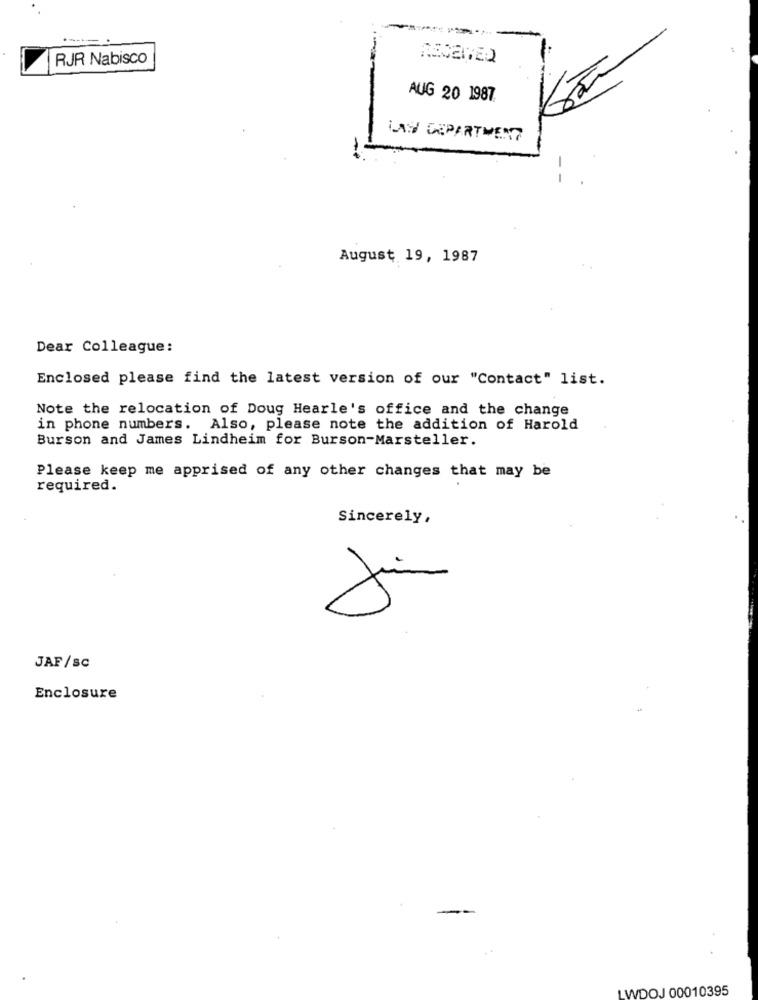
RJR Nabisco
RECEIVED
AUG 20 1987.
LAS DEPARTMENT
--
August 19, 1987
Dear Colleague:
Enclosed please find the latest version of our "Contact" list.
Note the relocation of Doug Hearle's office and the change
in phone numbers. Also, please note the addition of Harold
Burson and James Lindheim for Burson-Marsteller.
Please keep me apprised of any other changes that may be
required.
Sincerely,
JAF/sc
Enclosure
LWDOJ 00010395